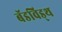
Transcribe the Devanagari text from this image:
बॅडविड्थ